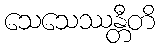
သေသေဿန္တီတိ